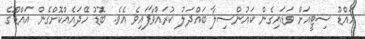
އައްޑޫ ސިޓީއަށް ވަޑައިގެން ކައުންސިލާ ބައްދަލު ކުރައްވާފައިވެ އެވެ. ބޮޑު ހޭދައެއްކޮށްގެން އައްޑޫގެ